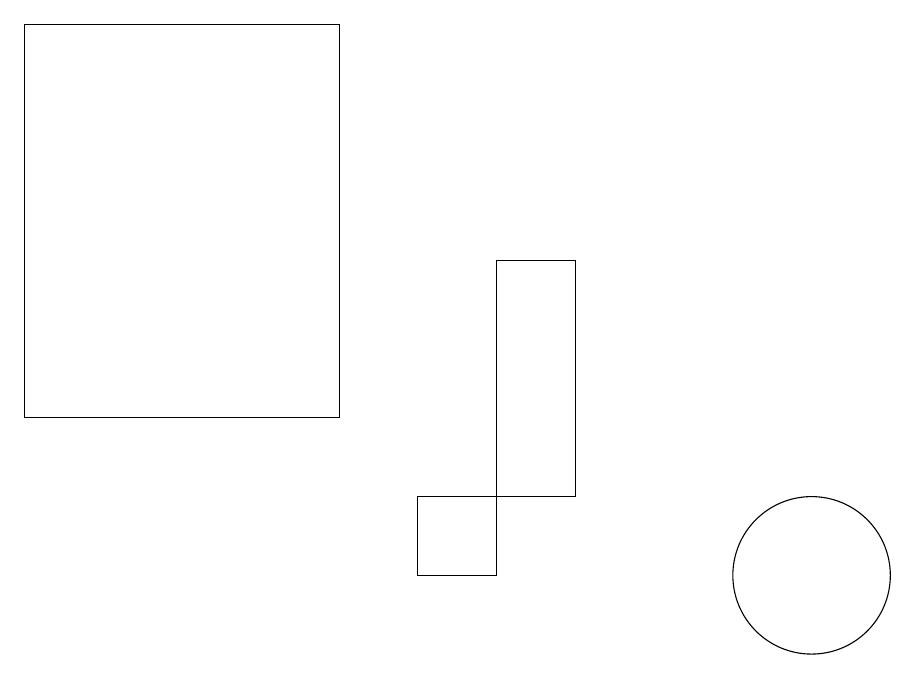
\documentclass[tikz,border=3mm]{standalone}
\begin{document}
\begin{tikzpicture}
\draw (11,11) circle (1);
\draw (1,18) rectangle (5,13);
\draw (6,12) rectangle (7,11);
\draw (7,12) rectangle (8,15);
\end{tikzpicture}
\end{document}